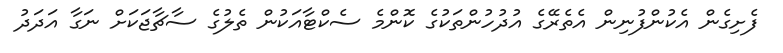
ފެށިގެން އެކުންފުނިން އެތެރޭގެ އުދުހުންތަކުގެ ކޮންމެ ސެކްޓާއަކުން ތެލުގެ ސާޗާޖަކަށް ނަގާ އަދަދު